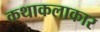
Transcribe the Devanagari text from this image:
कथाकलाकार